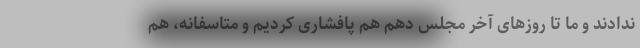
ندادند و ما تا روزهای آخر مجلس دهم هم پافشاری کردیم و متاسفانه، هم